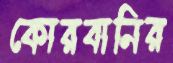
কোরবানির